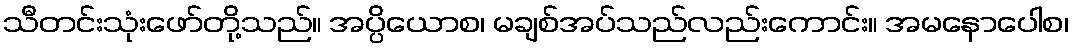
သီတင်းသုံးဖော်တို့သည်။ အပ္ပိယောစ၊ မချစ်အပ်သည်လည်းကောင်း။ အမနောပေါစ၊